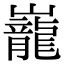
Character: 巃